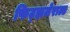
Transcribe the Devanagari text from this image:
फिट्झजेराल्ड